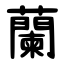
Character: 蘭